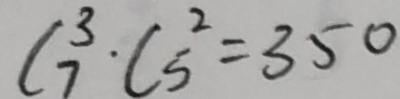
C _ { 7 } ^ { 3 } \cdot C _ { 5 } ^ { 2 } = 3 5 0